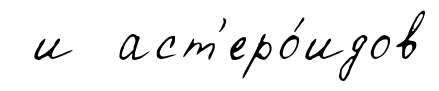
и аст'еро́идов